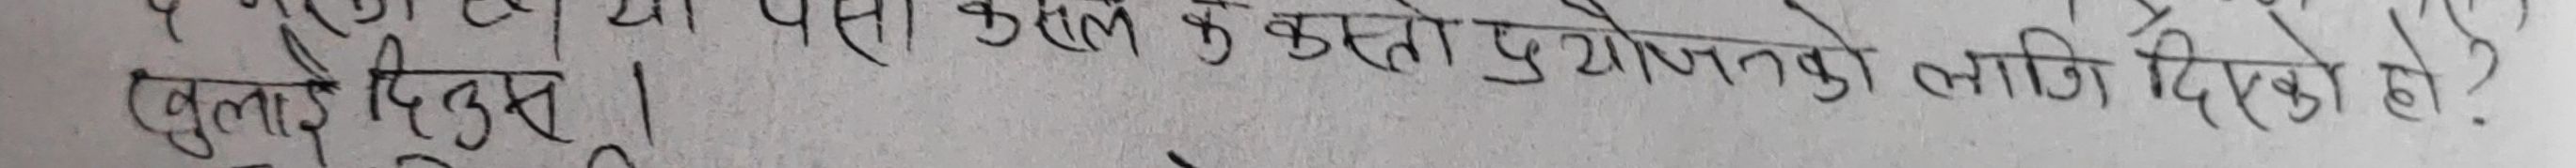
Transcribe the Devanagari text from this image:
खुलाई दिनुहस्।
पसो कहिले के कस्तो प्रयोजनको लागि दिएको हो ?